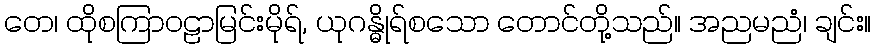
တေ၊ ထိုစကြာဝဠာမြင်းမိုရ်, ယုဂန္ဓိုရ်စသော တောင်တို့သည်။ အညမညံ၊ ချင်း။